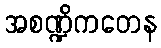
အစဏ္ဍိကတေန